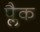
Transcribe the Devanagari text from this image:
प्लैक